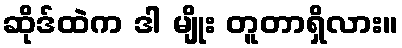
ဆိုဒ်ထဲက ဒါ မျိုး တူတာရှိလား။